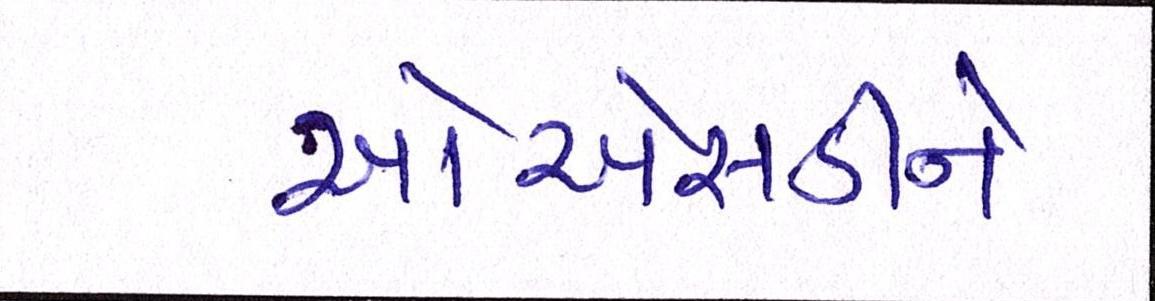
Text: ઓએસડીને